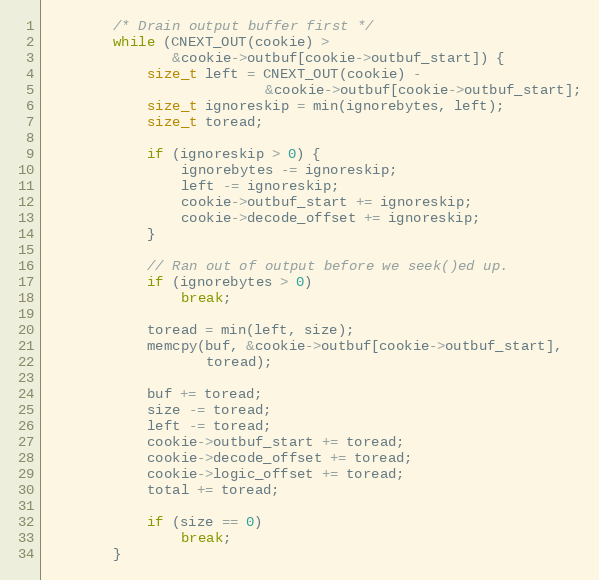
Language: C
        /* Drain output buffer first */
        while (CNEXT_OUT(cookie) >
               &cookie->outbuf[cookie->outbuf_start]) {
            size_t left = CNEXT_OUT(cookie) -
                          &cookie->outbuf[cookie->outbuf_start];
            size_t ignoreskip = min(ignorebytes, left);
            size_t toread;

            if (ignoreskip > 0) {
                ignorebytes -= ignoreskip;
                left -= ignoreskip;
                cookie->outbuf_start += ignoreskip;
                cookie->decode_offset += ignoreskip;
            }

            // Ran out of output before we seek()ed up.
            if (ignorebytes > 0)
                break;

            toread = min(left, size);
            memcpy(buf, &cookie->outbuf[cookie->outbuf_start],
                   toread);

            buf += toread;
            size -= toread;
            left -= toread;
            cookie->outbuf_start += toread;
            cookie->decode_offset += toread;
            cookie->logic_offset += toread;
            total += toread;

            if (size == 0)
                break;
        }